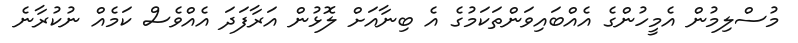
މުސްލިމުން އެމީހުންގެ އެއްބައިވަންތަކަމުގެ އެ ބިނާއަށް ލޮޅުން އަރާފަދަ އެއްވެސް ކަމެއް ނުކުރާނެ